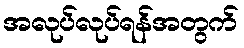
အလုပ်လုပ်ရန်အတွက်